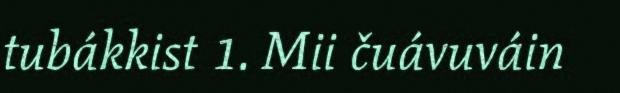
tubákkist 1. Mii čuávuváin